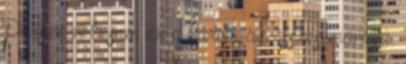
Persze neki sem ez a három az összes mániája.